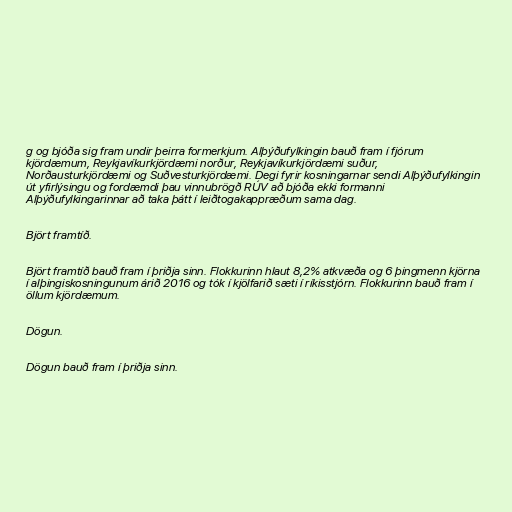
g og bjóða sig fram undir þeirra formerkjum. Alþýðufylkingin bauð fram í fjórum
kjördæmum, Reykjavíkurkjördæmi norður, Reykjavíkurkjördæmi suður,
Norðausturkjördæmi og Suðvesturkjördæmi. Degi fyrir kosningarnar sendi Alþýðufylkingin
út yfirlýsingu og fordæmdi þau vinnubrögð RÚV að bjóða ekki formanni
Alþýðufylkingarinnar að taka þátt í leiðtogakappræðum sama dag.

Björt framtíð.

Björt framtíð bauð fram í þriðja sinn. Flokkurinn hlaut 8,2% atkvæða og 6 þingmenn kjörna
í alþingiskosningunum árið 2016 og tók í kjölfarið sæti í ríkisstjórn. Flokkurinn bauð fram í
öllum kjördæmum.

Dögun.

Dögun bauð fram í þriðja sinn.